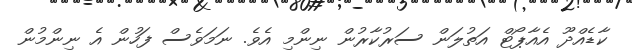
ކާޑެއްދޫ އެއާޕޯޓް އަތުލަން ސަރުކާރުން ނިންމި އެެވެ. ނަމަވެސް ފަހުން އެ ނިންމުން